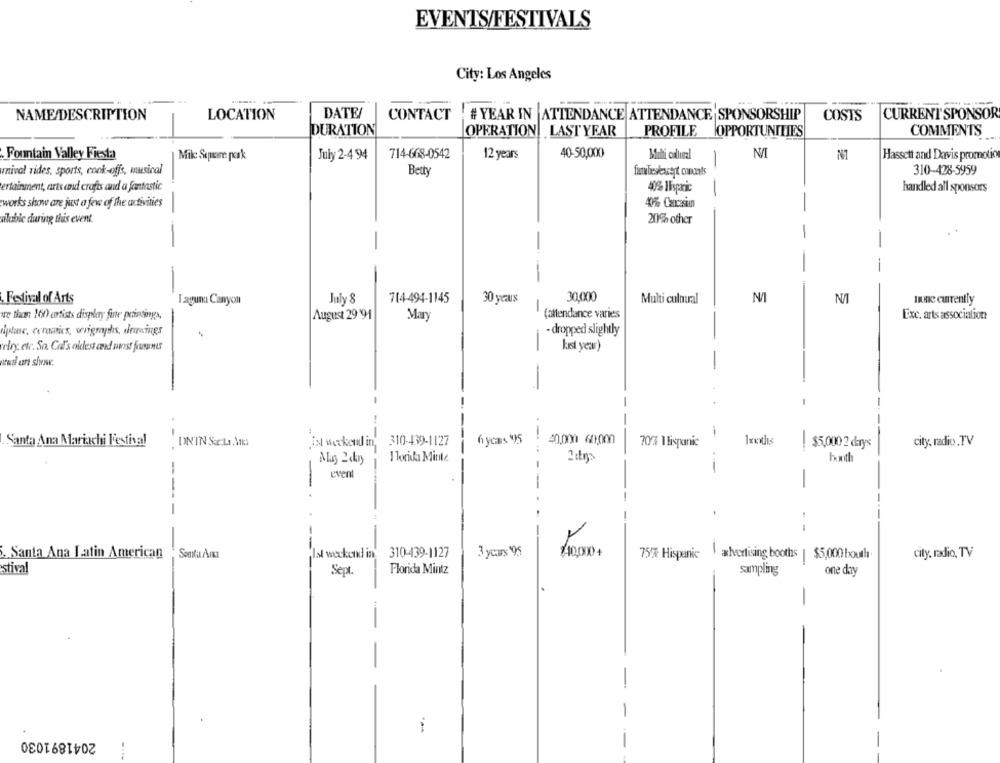
EVENTS/FESTIVALS
City: Los Angeles
DATE
CURRENT SPONSOR
NAME/DESCRIPTION
LOCATION
CONTACT
# YEAR IN ATTENDANCE ATTENDANCE SPONSORSHIP
COSTS
DURATION
OPERATION LASTYEAR
PROFILE
OPPORTUNITIES
COMMENTS
N/T
Fountain Valley Fiesta
Mike Sapere pork
July 2-4 94
714-668-0542
12 years
40-50,000
No1
Hassett and Davis promotio
rival rides, sports, cook-offs, musical
Betty
fatbieslescert conoats
310-428-5959
ertainment, arts and crafts and a fantastic
40% Hispanic
--
handled all sponsors
works show are just a few of the activities
-
40% Cancasiun
-
allablc during this event.
201% other
-
-
-
30,000
Festival of Arts
I aguna Canyon
July 8
714-494-1145
30 years
Multi cultural
N/
mone currently
-
re than 160 artists display fine printings,
August 29 91
Mary
(altendance varies
Exc. arts association
Hiptne, ceramics, wrigraphs, drawings
-dropped slightly
elry, etc. So. Col's oldest and prost fournis
-
last year)
Atwal car show.
..
1
Santa Ana Mariachi Festival
DNIN S:La.Mm
AN weekend in,
310-439-1127
6 years )5
40.000 60:000
70% Ilispanic
Ixxxths
city, radio ,TV
$5,000 2 days
-
booth
event
-
------
-
.-
Santa Ana Latin American
Somtu Ar
s weekend in
310-439-1127
3 years $95
40,00+
75% Hispanic advertising booths | $5,000 boul
city, radio, TV
stival
Sept.
Florida Mintz
sampling
one day
-
-
-
2041891030